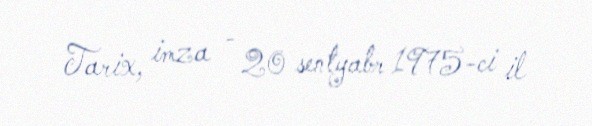
Tarix, imza - 20 sentyabr 1975-ci il